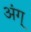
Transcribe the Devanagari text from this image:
अंग्